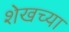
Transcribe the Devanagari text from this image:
शेखच्या